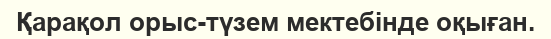
Қарақол орыс-түзем мектебінде оқыған.